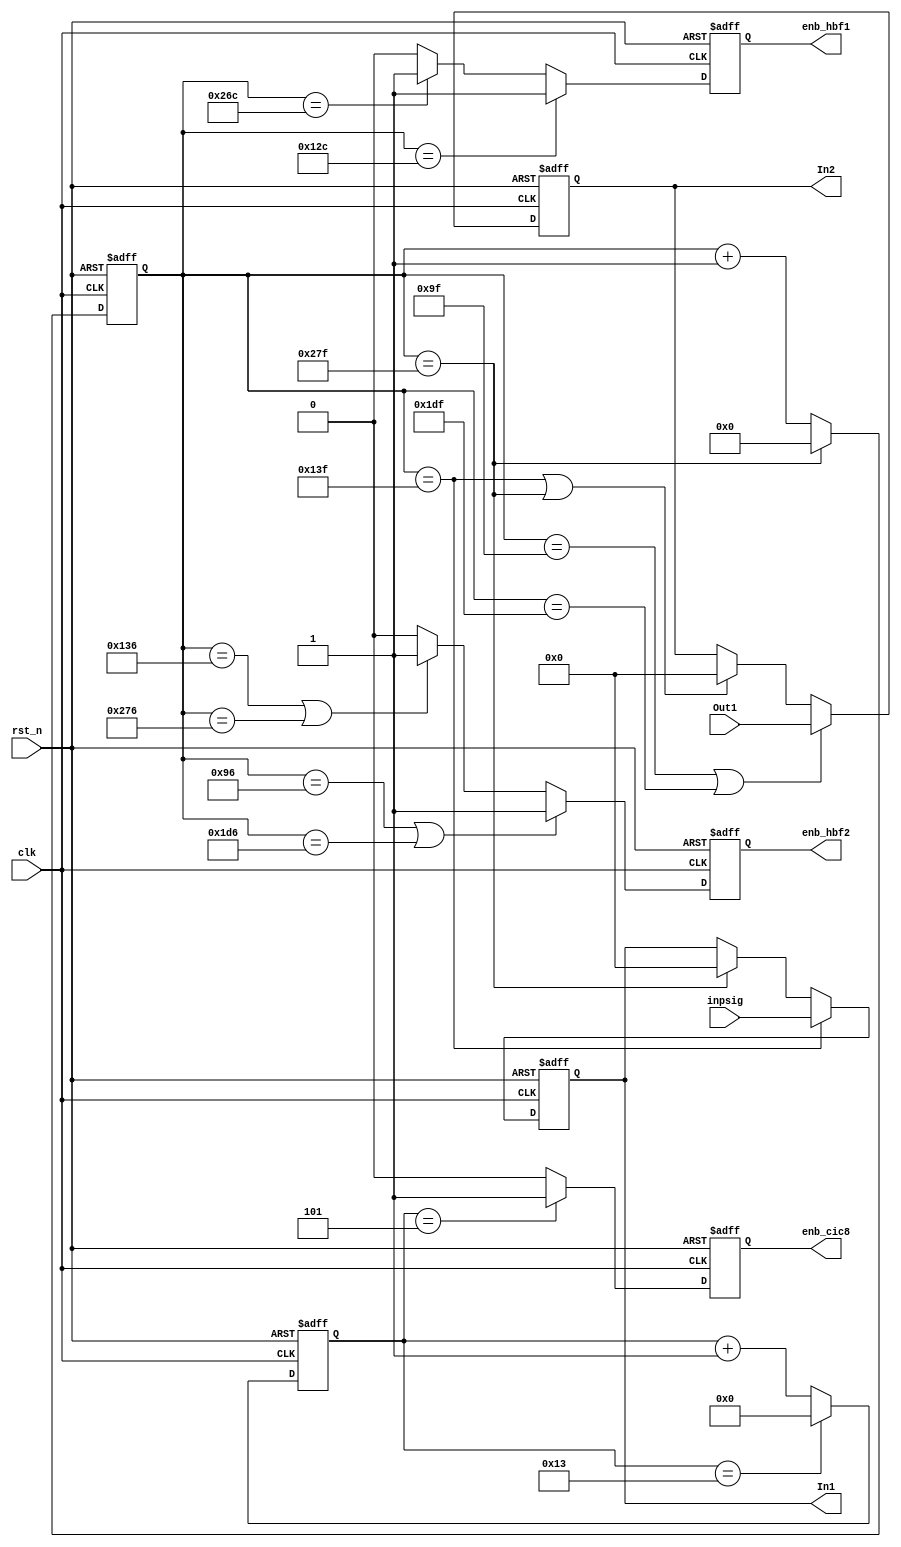
`timescale 1ns / 1ps
//////////////////////////////////////////////////////////////////////////////////
// Company: 
// Engineer: 
// 
// Design Name: 
// Module Name: insert_value
// Project Name: 
// Target Devices: 
// Tool Versions: 
// Description: 
// 
// Dependencies: 
// 
// Revision:
// Revision 0.01 - File Created
// Additional Comments:
// 
//////////////////////////////////////////////////////////////////////////////////


module insert_value(
        input clk,
        input rst_n,
        input signed [15:0] inpsig,
        output reg signed  [15:0] In1,
        output reg signed [15:0] In2,
        input signed [15:0] Out1,
        output reg enb_hbf1,
        output reg enb_hbf2,
        output reg enb_cic8
    );
    
    reg [10:0] counter;
    reg [4:0] counter_1;
    parameter CNT_END = 639;
    
    //CLK 46.305MHz
    always@(posedge clk, negedge rst_n)
    begin
        if(!rst_n)
            In1 <= 1'b0;
        else if(counter == 10'd319)
            In1 <= inpsig;
        else if(counter == 11'd639)
            In1 <= 1'b0;
    end
    
        always@(posedge clk, negedge rst_n)
    begin
        if(!rst_n)
            enb_hbf1 <= 1'b0;
        else if(counter == 10'd300)
            enb_hbf1 <= 1'b1;
        else if(counter == 11'd620)
            enb_hbf1 <= 1'b1;
        else
            enb_hbf1 <= 1'b0;
    end
    
    always@(posedge clk, negedge rst_n)
    begin
        if(!rst_n)
            counter <= 1'b0;
        else if(counter == CNT_END)
            counter <= 1'b0;
        else
            counter <= counter + 1'b1;
    end

    always@(posedge clk, negedge rst_n)
    begin
        if(!rst_n)
            counter_1 <= 1'b0;
        else if(counter_1 == 5'd19)
            counter_1 <= 1'b0;
        else
            counter_1 <= counter_1 + 1'b1;
    end
    
    always@(posedge clk, negedge rst_n)
    begin
        if(!rst_n)
            enb_hbf2 <= 1'b0;
        else if(counter == 10'd150 || counter == 10'd470)
            enb_hbf2 <= 1'b1;
        else if(counter == 11'd310 || counter == 10'd630)
            enb_hbf2 <= 1'b1;
        else
            enb_hbf2 <= 1'b0;
    end
    
    always@(posedge clk, negedge rst_n)
    begin
        if(!rst_n)
            enb_cic8 <= 1'b0;
        else if(counter_1 == 5'd5)
            enb_cic8 <= 1'b1;
        else
            enb_cic8 <= 1'b0;
    end
    
    always@(posedge clk, negedge rst_n)
    begin
        if(!rst_n)
            In2 <= 1'b0;
        else if(counter == 10'd159 || counter == 10'd479)
            In2 <= Out1;
        else if(counter == 11'd319 || counter == 10'd639)
            In2 <= 1'b0;
    end
    
endmodule